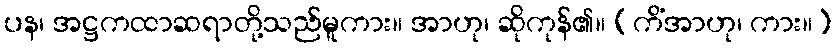
ပန၊ အဋ္ဌကထာဆရာတို့သည်မူကား။ အာဟု၊ ဆိုကုန်၏။ (ကိံအာဟု၊ ကား။)